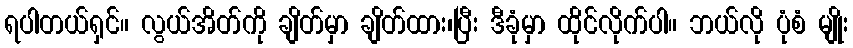
ရပါတယ်ရှင်။ လွယ်အိတ်ကို ချိတ်မှာ ချိတ်ထား၊ပြီး ဒီခုံမှာ ထိုင်လိုက်ပါ။ ဘယ်လို ပုံစံ မျိုး